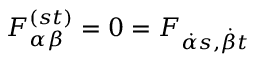
F _ { \alpha \beta } ^ { ( s t ) } = 0 = F _ { { \dot { \alpha } } s , { \dot { \beta } } t }